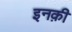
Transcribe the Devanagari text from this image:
इनक़ी